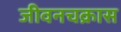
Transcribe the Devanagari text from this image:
जीवनचक्रास